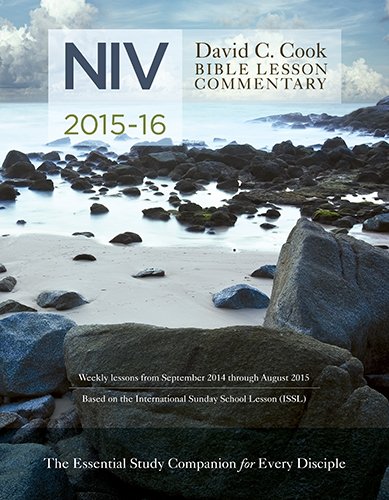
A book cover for David C. Cook's NIV Bible Lesson Commentary 2015-16: The Essential Study Companion for Every Disciple (Niv International Bible Lesson Commentary); Dan Lioy PhD; Christian Books & Bibles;